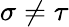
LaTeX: \sigma\neq\tau